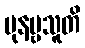
ပုနဗ္ဗသူတိ